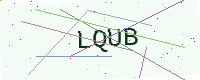
Text: LQUB